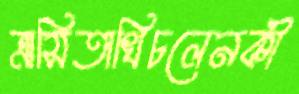
ত্রাসিতাখিচলেনকী